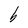
Character: b